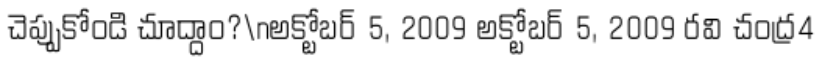
చెప్పుకోండి చూద్దాం?\nఅక్టోబర్ 5, 2009 అక్టోబర్ 5, 2009 రవి చంద్ర4